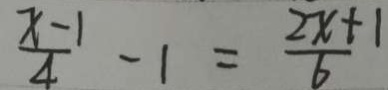
\frac { x - 1 } { 4 } - 1 = \frac { 2 x + 1 } { 6 }